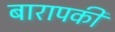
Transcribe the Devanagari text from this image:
बारापकी